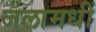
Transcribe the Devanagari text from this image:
जलामधीं